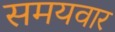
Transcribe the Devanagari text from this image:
समयवार